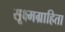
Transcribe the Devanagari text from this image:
सूक्ष्मग्राहिता